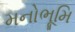
મનોભૂમિ